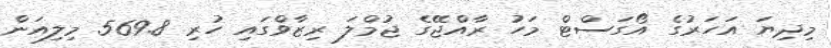
މިދިޔަ އަހަރުގެ އޯގަސްޓް މަހު ރާއްޖޭގެ ޖުމްލަ ރިޒާވްގައި ހުރި 569.8 މިލިއަން